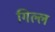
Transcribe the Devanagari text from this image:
गिल्ल